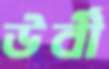
উর্বী